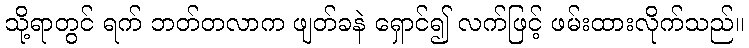
သို့ရာတွင် ရက် ဘတ်တလာက ဖျတ်ခနဲ ရှောင်၍ လက်ဖြင့် ဖမ်းထားလိုက်သည်။